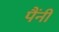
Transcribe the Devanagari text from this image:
पैंनी